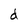
Character: d